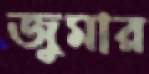
জুমার